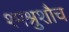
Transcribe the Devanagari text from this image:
श्मश्रुशौच